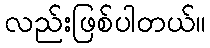
လည်းဖြစ်ပါတယ်။